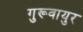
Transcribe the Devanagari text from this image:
गुरूवायुर